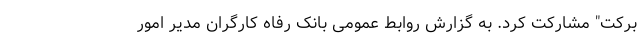
برکت" مشارکت کرد. به گزارش روابط عمومی بانک رفاه کارگران مدیر امور